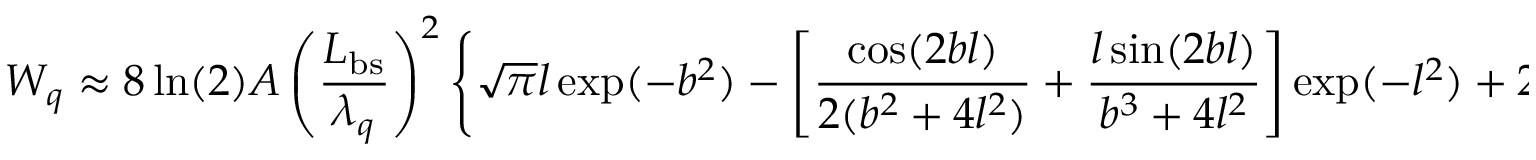
W _ { q } \approx 8 \ln ( 2 ) A \left( \frac { L _ { \mathrm { b s } } } { \lambda _ { q } } \right) ^ { 2 } \left\{ \sqrt { \pi } l \exp ( - b ^ { 2 } ) - \left[ \frac { \cos ( 2 b l ) } { 2 ( b ^ { 2 } + 4 l ^ { 2 } ) } + \frac { l \sin ( 2 b l ) } { b ^ { 3 } + 4 l ^ { 2 } } \right] \exp ( - l ^ { 2 } ) + 2 b F ( b ) - 1 \right\} \, .